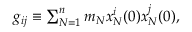
\begin{array} { r } { g _ { i j } \equiv \sum _ { N = 1 } ^ { n } m _ { N } x _ { N } ^ { i } ( 0 ) x _ { N } ^ { j } ( 0 ) , } \end{array}